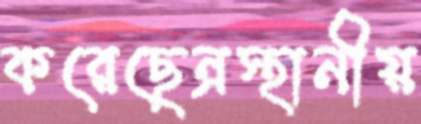
করেছেন্রস্থানীয়